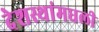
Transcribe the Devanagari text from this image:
देशस्थांमधली